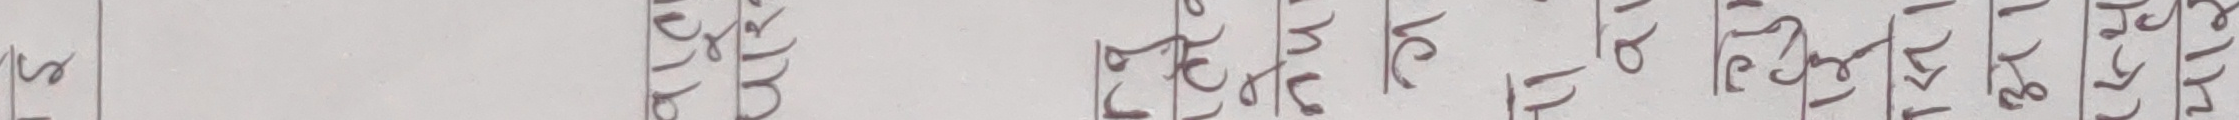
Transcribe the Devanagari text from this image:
सक्नुहुन्छ ।